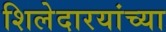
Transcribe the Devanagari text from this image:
शिलेदारयांच्या